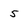
Character: 5